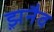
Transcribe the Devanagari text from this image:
झ़नैव